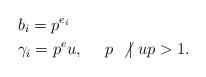
LaTeX: \begin{align*}&b_i=p^{e_i}\qquad\\&\gamma_i=p^eu,\quad\ p\ \not|\ up>1.\end{align*}